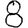
Digit: 8